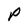
Character: P